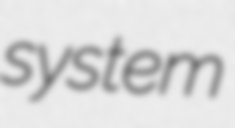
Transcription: system